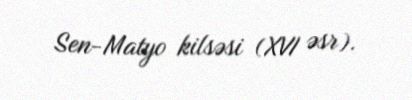
Sen-Matyo kilsəsi (XVI əsr).